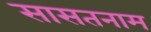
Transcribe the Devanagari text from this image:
सासतनाम